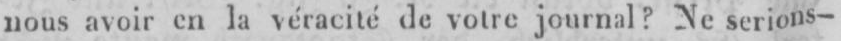
nous avoir en la véracité de votre journal? Ne serions-